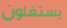
يستغلون